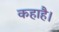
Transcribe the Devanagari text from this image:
कहाहै।